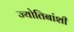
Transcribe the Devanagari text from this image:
ज्योतिबांशी